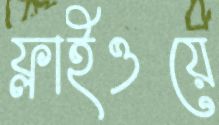
ফ্লাইওয়ে